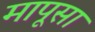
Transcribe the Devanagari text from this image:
मापूसा